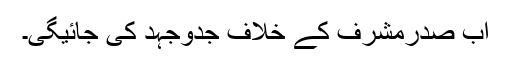
اب صدرمشرف کے خلاف جدوجہد کی جائیگی۔